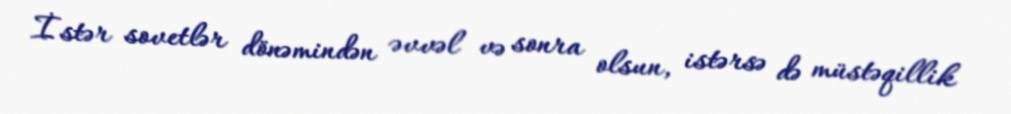
İstər sovetlər dönəmindən əvvəl və sonra olsun, istərsə də müstəqillik